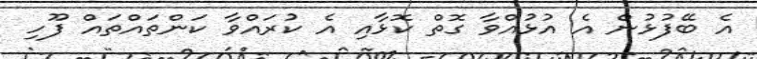
އެ ބޭފުޅުން އެ އުޅުއްވާ ގޮތް ކޮޅާއި އެ ކުރައްވާ ކަންތައްތައް ފޫހި